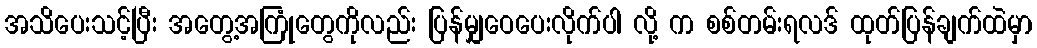
အသိပေးသင့်ပြီး အတွေ့အကြုံတွေကိုလည်း ပြန်မျှဝေပေးလိုက်ပါ လို့ က စစ်တမ်းရလဒ် ထုတ်ပြန်ချက်ထဲမှာ